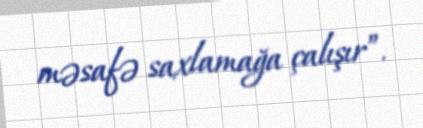
məsafə saxlamağa çalışır”.